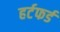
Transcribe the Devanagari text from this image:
हर्टफर्ड